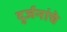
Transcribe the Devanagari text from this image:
दुर्जनांचे